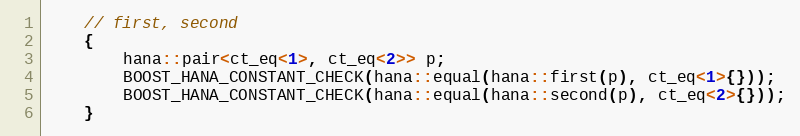
Language: C++
    // first, second
    {
        hana::pair<ct_eq<1>, ct_eq<2>> p;
        BOOST_HANA_CONSTANT_CHECK(hana::equal(hana::first(p), ct_eq<1>{}));
        BOOST_HANA_CONSTANT_CHECK(hana::equal(hana::second(p), ct_eq<2>{}));
    }